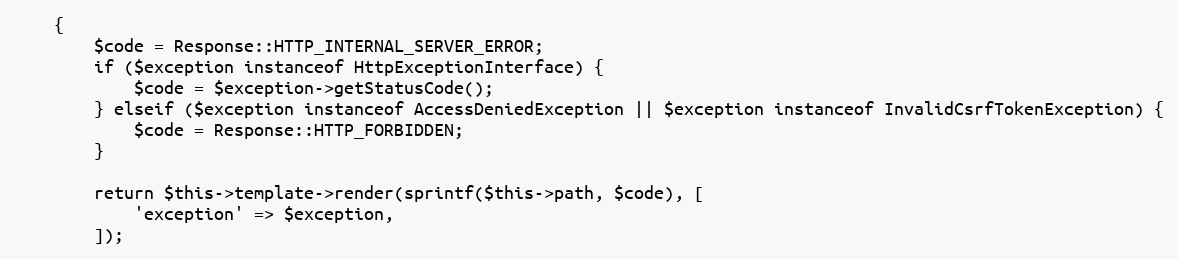
Language: PHP
    {
        $code = Response::HTTP_INTERNAL_SERVER_ERROR;
        if ($exception instanceof HttpExceptionInterface) {
            $code = $exception->getStatusCode();
        } elseif ($exception instanceof AccessDeniedException || $exception instanceof InvalidCsrfTokenException) {
            $code = Response::HTTP_FORBIDDEN;
        }

        return $this->template->render(sprintf($this->path, $code), [
            'exception' => $exception,
        ]);